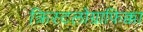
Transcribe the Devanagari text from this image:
क्रिस्टलोग्राफिक्का